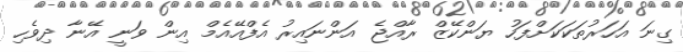
ގިނަ އަހަރުތަކަކަށްފަހު ޔަންކޭޒް ރާއްޖެ އަންނައިރު އެފްއޭއެމް އިން ވަނީ އޭނާ ދިވެހި